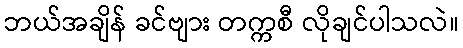
ဘယ်အချိန် ခင်ဗျား တက္ကစီ လိုချင်ပါသလဲ။